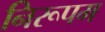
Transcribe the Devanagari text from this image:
निरूपम